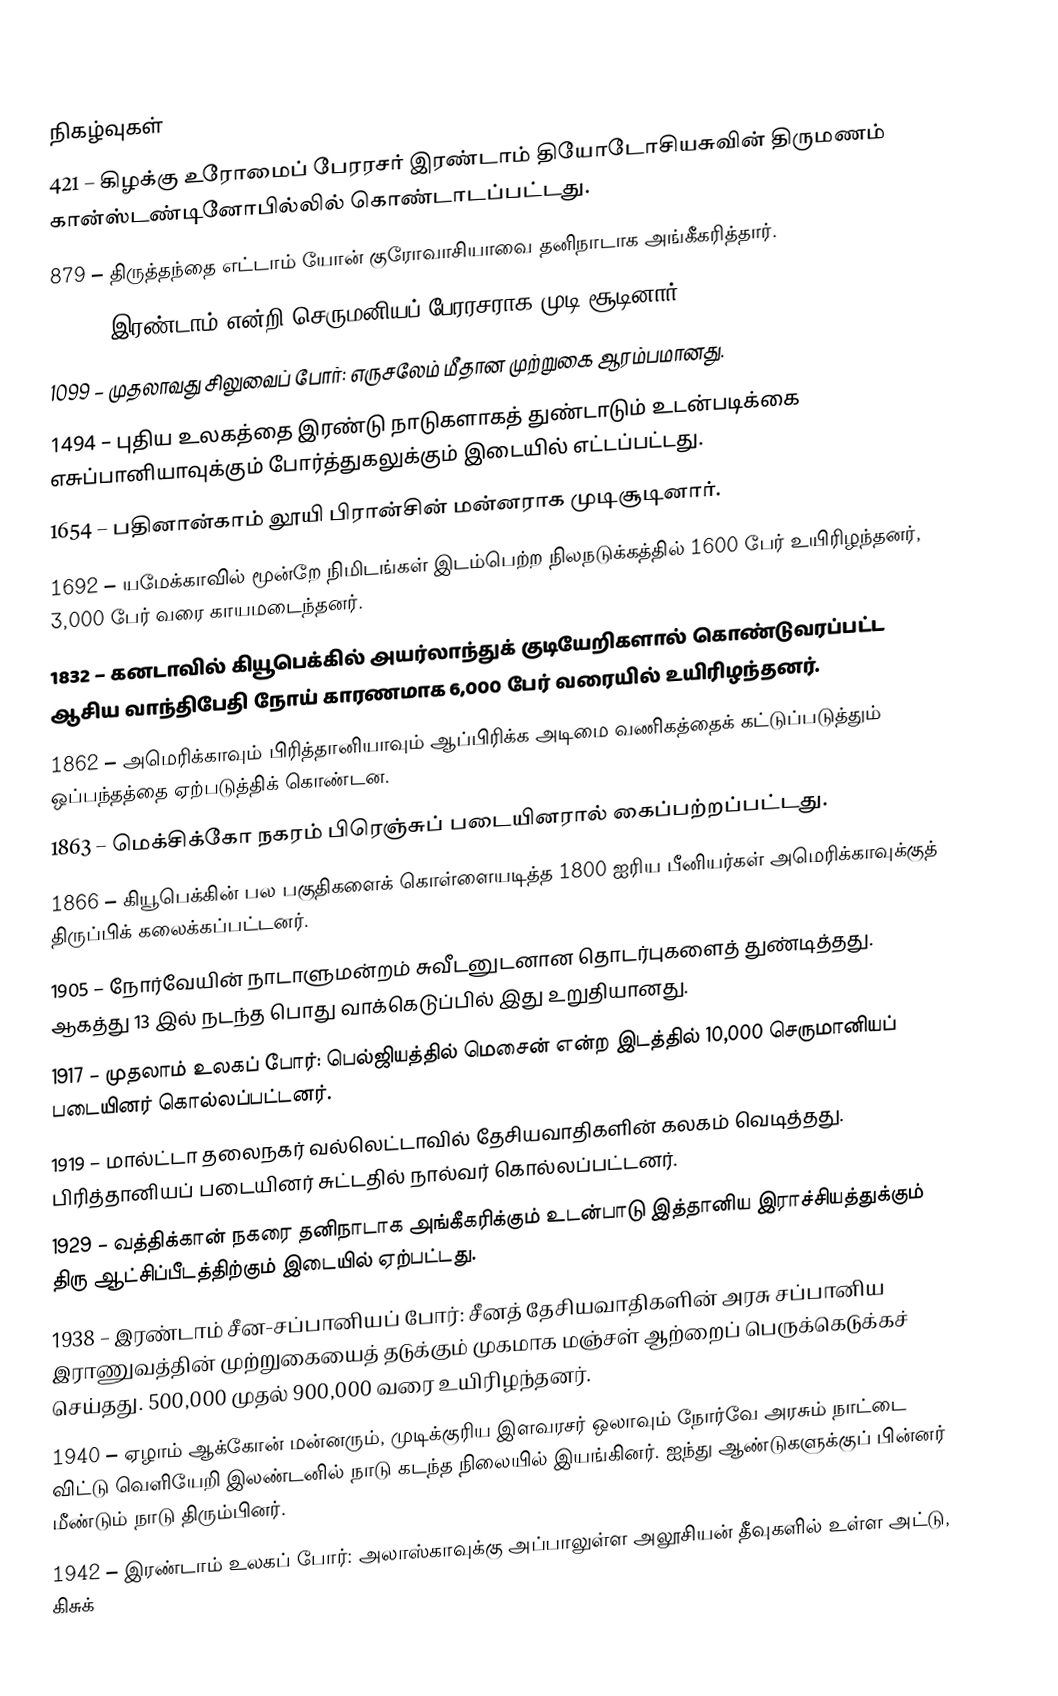

நிகழ்வுகள்
 421 – கிழக்கு உரோமைப் பேரரசர் இரண்டாம் தியோடோசியசுவின் திருமணம் கான்ஸ்டண்டினோபில்லில் கொண்டாடப்பட்டது.
 879 – திருத்தந்தை எட்டாம் யோன் குரோவாசியாவை தனிநாடாக அங்கீகரித்தார்.
1002 – இரண்டாம் என்றி செருமனியப் பேரரசராக முடி சூடினார்.
1099 – முதலாவது சிலுவைப் போர்: எருசலேம் மீதான முற்றுகை ஆரம்பமானது.
1494 – புதிய உலகத்தை இரண்டு நாடுகளாகத் துண்டாடும் உடன்படிக்கை எசுப்பானியாவுக்கும் போர்த்துகலுக்கும் இடையில் எட்டப்பட்டது.
1654 – பதினான்காம் லூயி பிரான்சின் மன்னராக முடிசூடினார்.
1692 – யமேக்காவில் மூன்றே நிமிடங்கள் இடம்பெற்ற நிலநடுக்கத்தில் 1600 பேர் உயிரிழந்தனர், 3,000 பேர் வரை காயமடைந்தனர்.
1832 – கனடாவில் கியூபெக்கில் அயர்லாந்துக் குடியேறிகளால் கொண்டுவரப்பட்ட ஆசிய வாந்திபேதி நோய் காரணமாக 6,000 பேர் வரையில் உயிரிழந்தனர்.
1862 – அமெரிக்காவும் பிரித்தானியாவும் ஆப்பிரிக்க அடிமை வணிகத்தைக் கட்டுப்படுத்தும் ஒப்பந்தத்தை ஏற்படுத்திக் கொண்டன.
1863 – மெக்சிக்கோ நகரம் பிரெஞ்சுப் படையினரால் கைப்பற்றப்பட்டது.
1866 – கியூபெக்கின் பல பகுதிகளைக் கொள்ளையடித்த 1800 ஐரிய பீனியர்கள் அமெரிக்காவுக்குத் திருப்பிக் கலைக்கப்பட்டனர்.
1905 – நோர்வேயின் நாடாளுமன்றம் சுவீடனுடனான தொடர்புகளைத் துண்டித்தது. ஆகத்து 13 இல் நடந்த பொது வாக்கெடுப்பில் இது உறுதியானது.
1917 – முதலாம் உலகப் போர்: பெல்ஜியத்தில் மெசைன் என்ற இடத்தில் 10,000 செருமானியப் படையினர் கொல்லப்பட்டனர்.
1919 – மால்ட்டா தலைநகர் வல்லெட்டாவில் தேசியவாதிகளின் கலகம் வெடித்தது. பிரித்தானியப் படையினர் சுட்டதில் நால்வர் கொல்லப்பட்டனர்.
1929 – வத்திக்கான் நகரை தனிநாடாக அங்கீகரிக்கும் உடன்பாடு இத்தானிய இராச்சியத்துக்கும் திரு ஆட்சிப்பீடத்திற்கும் இடையில் ஏற்பட்டது.
1938 – இரண்டாம் சீன-சப்பானியப் போர்: சீனத் தேசியவாதிகளின் அரசு சப்பானிய இராணுவத்தின் முற்றுகையைத் தடுக்கும் முகமாக மஞ்சள் ஆற்றைப் பெருக்கெடுக்கச் செய்தது. 500,000 முதல் 900,000 வரை உயிரிழந்தனர்.
1940 – ஏழாம் ஆக்கோன் மன்னரும், முடிக்குரிய இளவரசர் ஒலாவும் நோர்வே அரசும் நாட்டை விட்டு வெளியேறி இலண்டனில் நாடு கடந்த நிலையில் இயங்கினர். ஐந்து ஆண்டுகளுக்குப் பின்னர் மீண்டும் நாடு திரும்பினர்.
1942 – இரண்டாம் உலகப் போர்: அலாஸ்காவுக்கு அப்பாலுள்ள அலூசியன் தீவுகளில் உள்ள அட்டு, கிசுக்